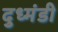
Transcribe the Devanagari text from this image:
दुध्मंडी